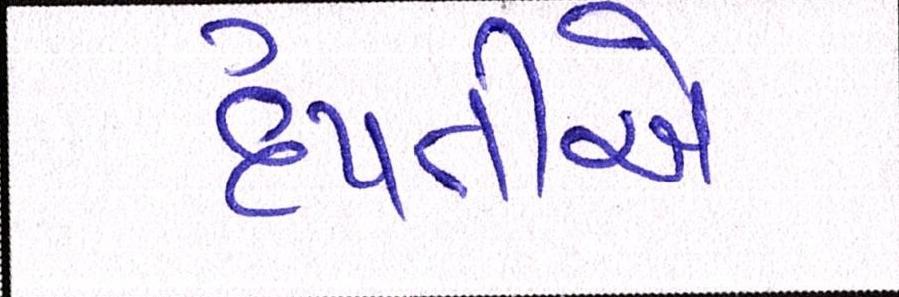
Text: દંપતીએ